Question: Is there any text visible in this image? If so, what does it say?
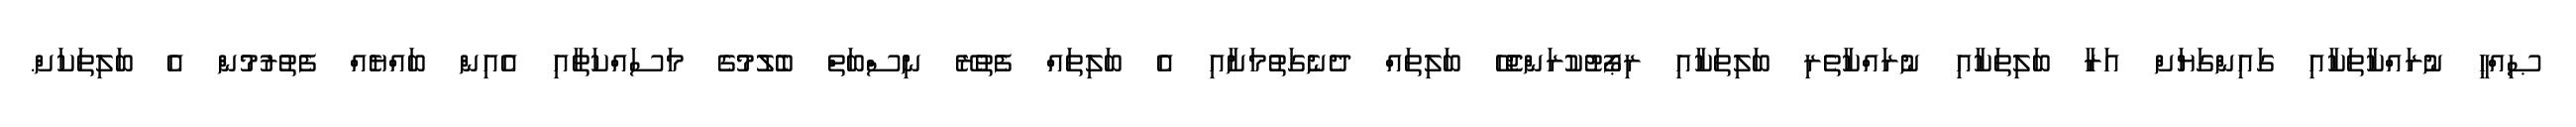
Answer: ޞިއްޙީ ނުރައްކާތަކާއި ގައިންގަޔަށް އަރާ ބަލިތަކާއި ނުރައްކާތެރި ބަލިތަކާއި ރިޕޯޓުކުރަންޖެހޭ ބަލިތައް ދެނެގަތުމަށާއި އެ ބަލިތައް ފެތުރޭ ނިސްބަތް ބެލުމުގެ މަސައްކަތާއި އެއިން ބައްޔެއް ފެތުރުމުން އެ ބަލިތަކަށް.